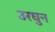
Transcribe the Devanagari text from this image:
उरघुन